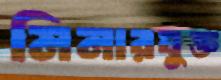
মিনারযুক্ত